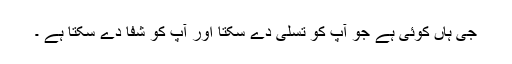
جی ہاں کوئی ہے جو آپ کو تسلی دے سکتا اور آپ کو شفا دے سکتا ہے ۔